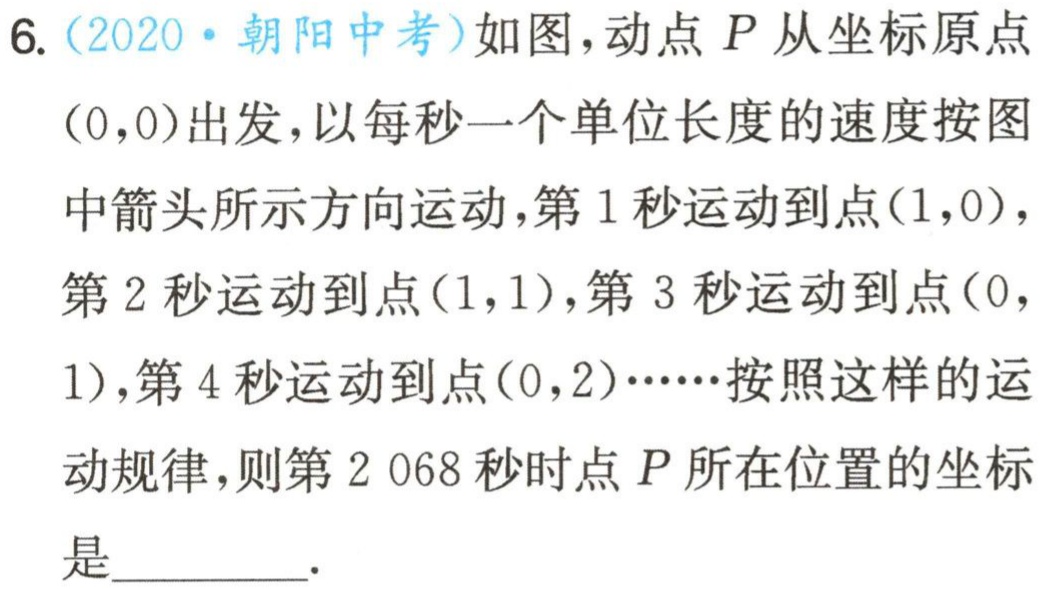
6. (2020·朝阳中考)如图，动点 \(P\) 从坐标原点\((0,0)\)出发，以每秒一个单位长度的速度按图中箭头所示方向运动，第 \(1\) 秒运动到点\((1,0)\)，第 \(2\) 秒运动到点\((1,1)\)，第 \(3\) 秒运动到点\((0,1)\)，第 \(4\) 秒运动到点\((0,2)\cdots\cdots\)按照这样的运动规律，则第 \(2 068\) 秒时点 \(P\) 所在位置的坐标是_________.